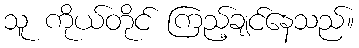
သူ ကိုယ်တိုင် ကြည့်ချင်နေသည်။